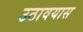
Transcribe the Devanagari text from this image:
उठावयास